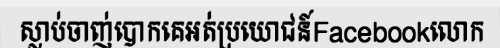
ស្លាប់ចាញ់បោកគេអត់ប្រយោជន៍Facebookលោក